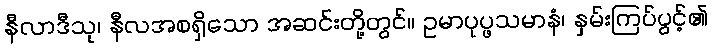
နီလာဒီသု၊ နီလအစရှိသော အဆင်းတို့တွင်။ ဥမာပုပ္ဖသမာနံ၊ နှမ်းကြပ်ပွင့်၏